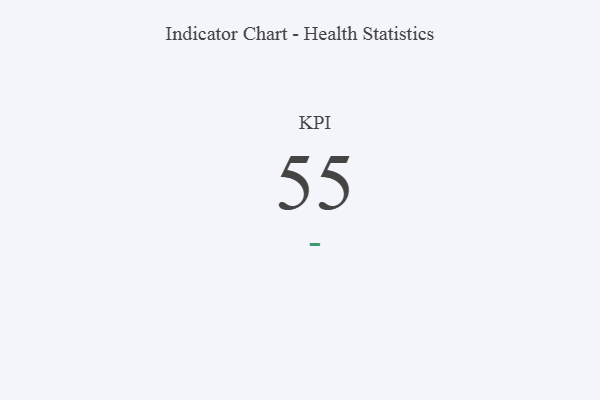
{"axis": {"x": "KPI", "y": "Value"}, "legend": [""], "data": [{"x": "KPI", "y": 55, "type": ""}]}